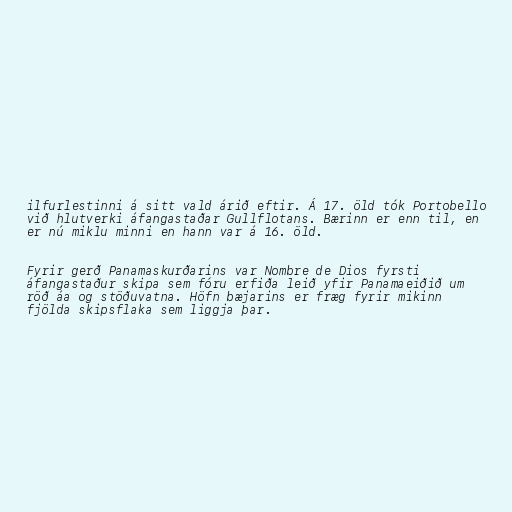
ilfurlestinni á sitt vald árið eftir. Á 17. öld tók Portobello
við hlutverki áfangastaðar Gullflotans. Bærinn er enn til, en
er nú miklu minni en hann var á 16. öld.

Fyrir gerð Panamaskurðarins var Nombre de Dios fyrsti
áfangastaður skipa sem fóru erfiða leið yfir Panamaeiðið um
röð áa og stöðuvatna. Höfn bæjarins er fræg fyrir mikinn
fjölda skipsflaka sem liggja þar.